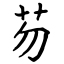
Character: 芴